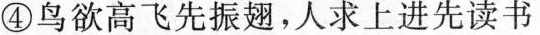
④鸟欲高飞先振翅，人求上进先读书